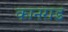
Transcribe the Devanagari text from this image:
कानराड